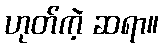
ဟုတ်ကဲ့ ဆရာ။